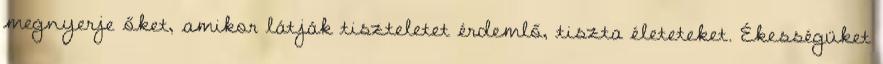
megnyerje őket, amikor látják tiszteletet érdemlő, tiszta életeteket. Ékességüket